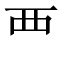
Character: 覀